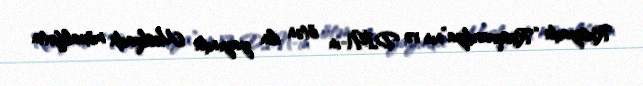
Rusiyada “Rosqvardiya”nın və DİN-in ötən ilin yayında Moskvada müxalifətin